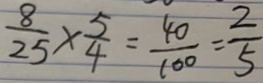
\frac { 8 } { 2 5 } \times \frac { 5 } { 4 } = \frac { 4 0 } { 1 0 0 } = \frac { 2 } { 5 }